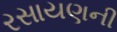
રસાયણની